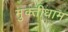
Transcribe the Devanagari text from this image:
मुक्तीधाम